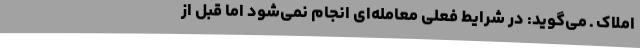
املاک ـ می‌گوید: در شرایط فعلی معامله‌ای انجام نمی‌شود اما قبل از